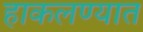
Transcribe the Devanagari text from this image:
हाकलण्यात